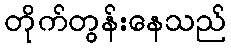
တိုက်တွန်းနေသည်